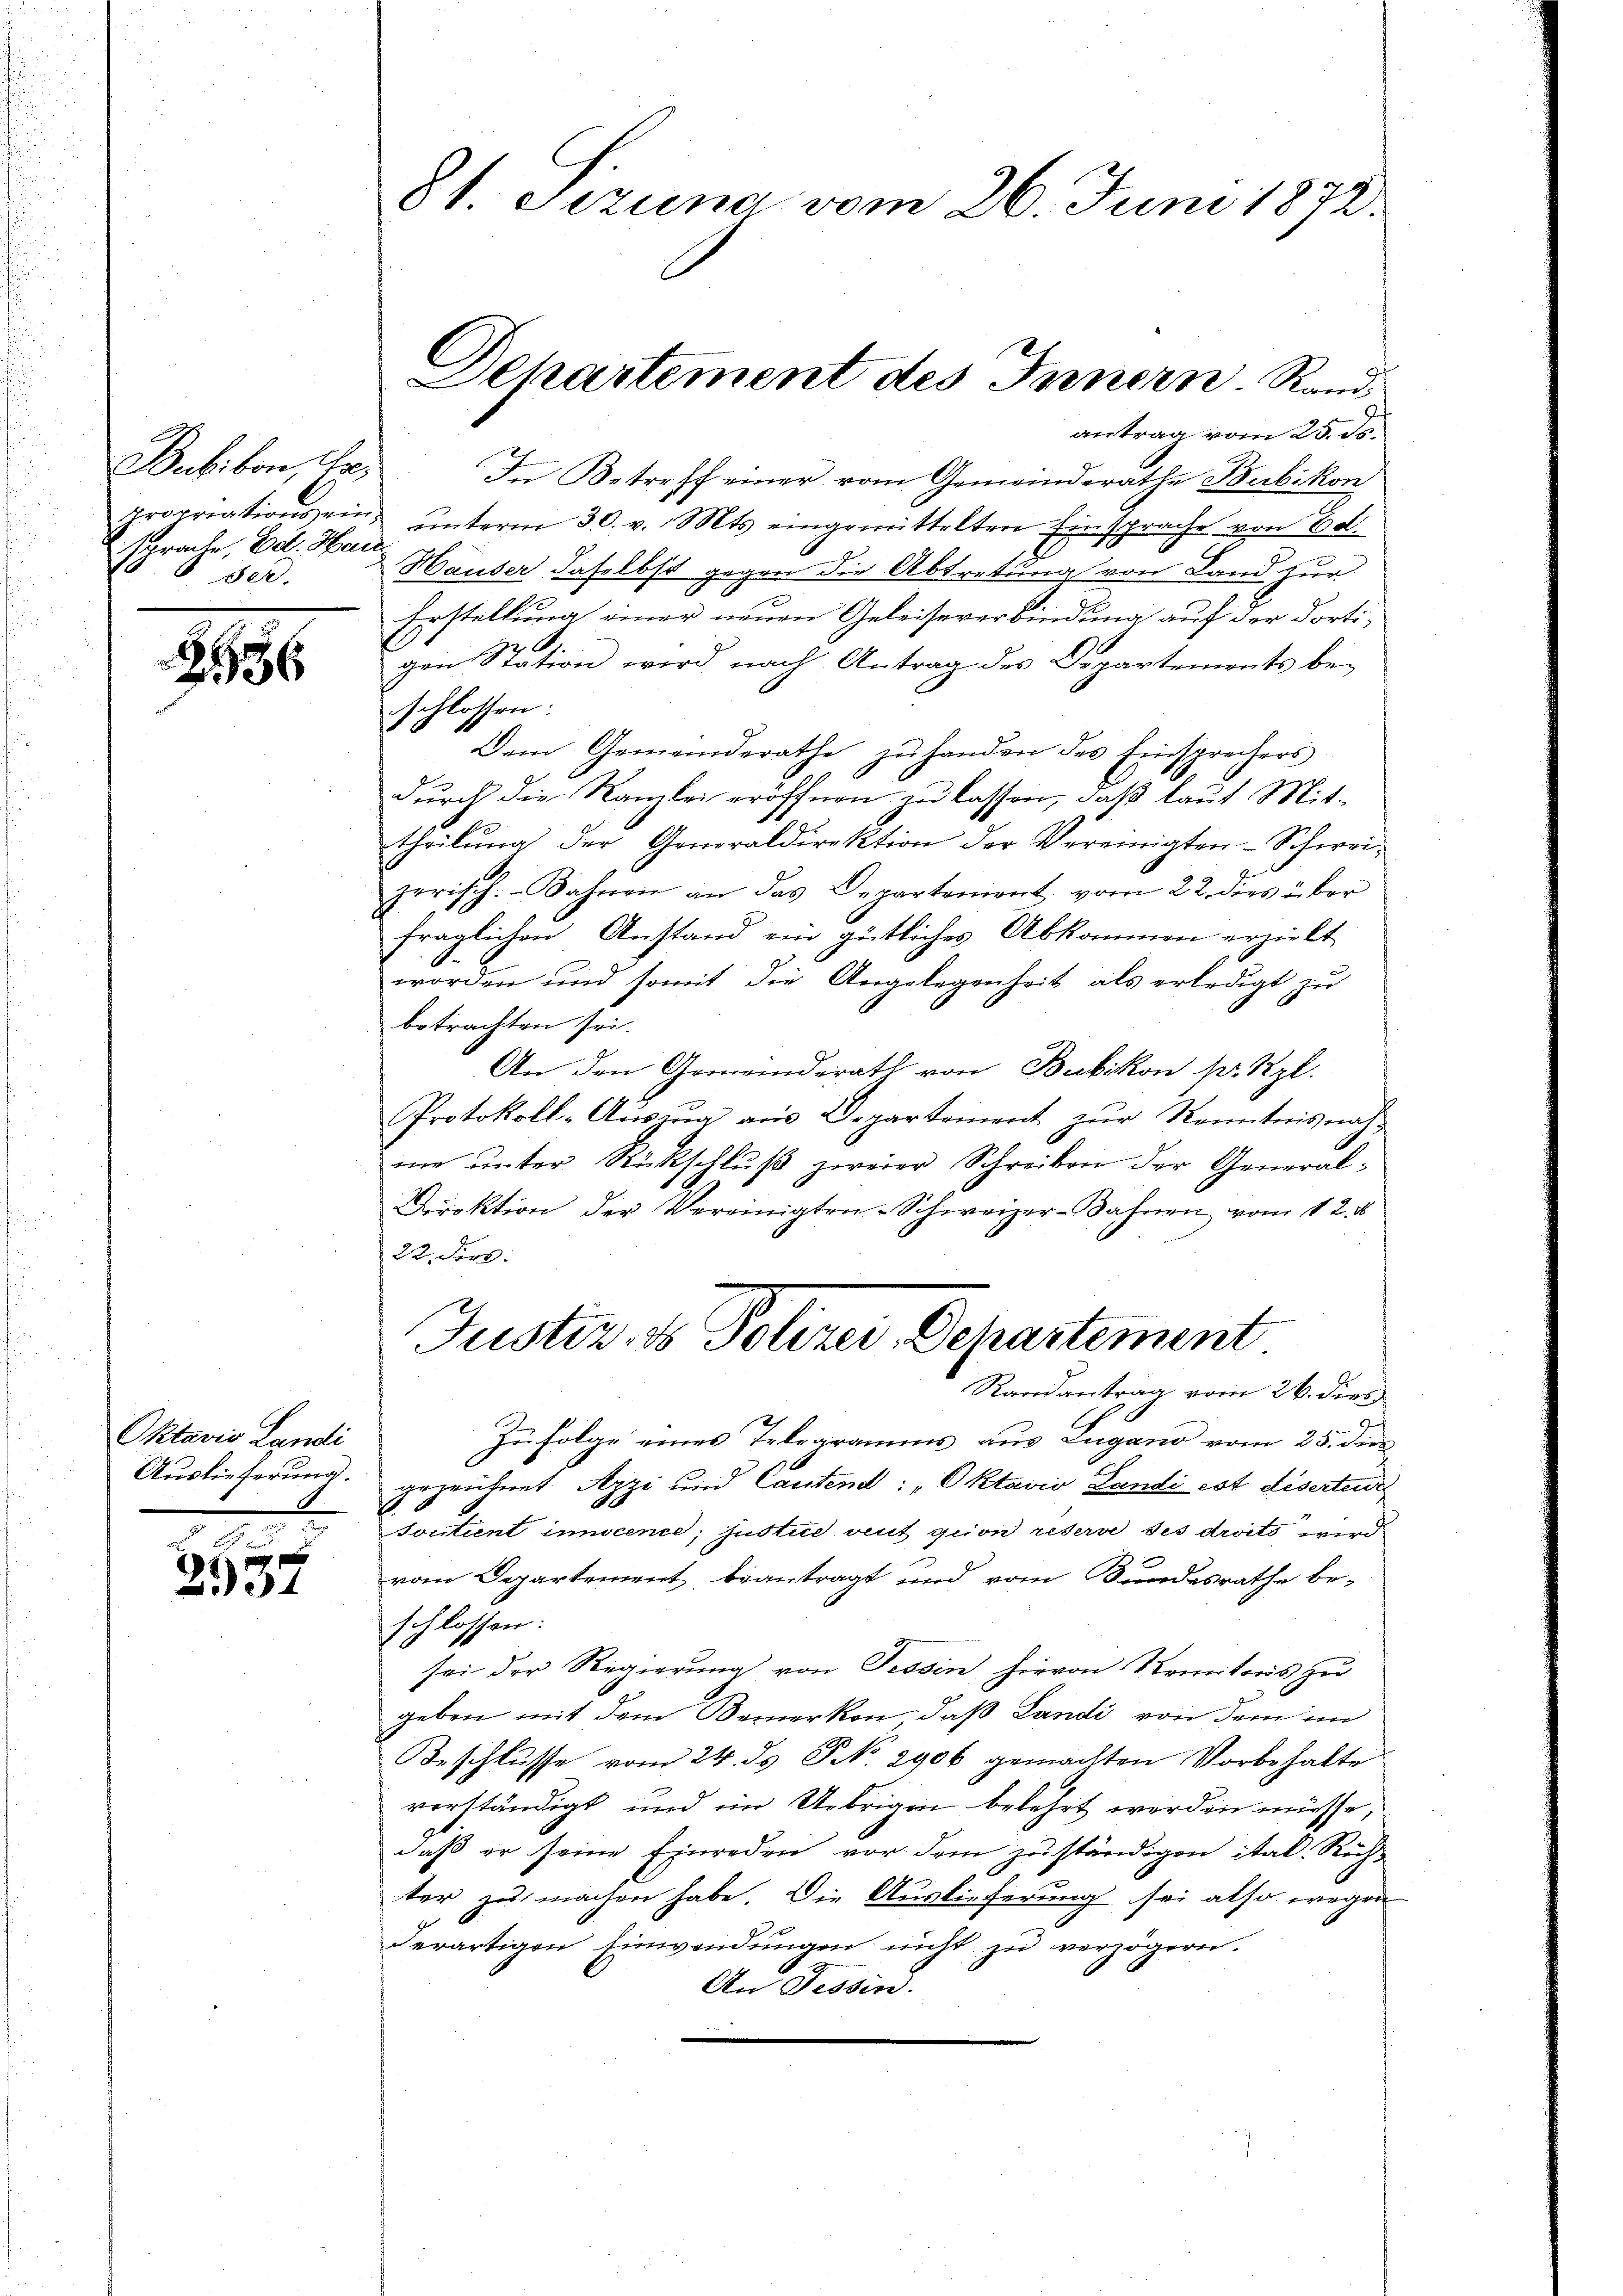
Bubikon, Hr.
sprache. Ed. Hau
der.

2936

Oktavis Landi
Auslieferung.
1

2937

antrag vom 25. ds.
In Betreff einer vom Gemeinderathe Bubikon
propriations ein ŭnterm 30. v. Mts. eingemittelten Einsprache von Bol.
Häuser, daselbst gegen die Abtretung von Land zur
Erstellung einer neuen Geleiseverbindung auf der dorti¬
28.
gen Station wird nach Antrag des Departements beschlossen:
Dem Gemeinderathe zŭ handen des Einsprechers
durch die Kanzlei eröffnen zu lassen, daß laut Mittheilung der Generaldirektion der Vereinigten-Schweizerisch: Bahnen an das Departement vom 22. dies über
fraglichen Anstand ein gütliches Abkommen erzielt
worden und somit die Angelegenheit als erledigt zu
betrachten sei.
An den Gemeinderath von Bubikon pr. Kgl.
Protokoll-Aŭszŭg aŭs Departement zŭr Kenntnis nachme unter Rückschluß zweier Schreiben der General¬
Direktion der Vereinigten-Schweizer-Bahnen vom 12. d
22. Fert

81. Sizung vom 26. Juni 1872.

Dchartement des Innern. Rand¬

Justiz, des Polizei-Departement
Randantrag vom 26. dies
Zufolge eines Telegramms aus Lugano vom 25. dies
gezeichnet Azzi und Cautend: „Oktavio Landi est diserteie

Sontant innocence; justue, vent gion reserve ses droits wird
vom Departement beantragt und vom Bundesrathe be-
schlossen:
sei der Regierung von Tessin hievon Renitoris zu
geben mit dem Bemerken, daß Landi von dem im
Beschlusse vom 24. ds NNo. 2906 gemachten Vorbehalte
verständigt, und im Uebrigen belehrt werden müsse,
daβ er seine Einreden vor dem zuständigen ital. Rechter zu machen habe. Die Auslieferung sei also wegen
derartigen Einwendungen nicht zu verzögern.
An Tessind.